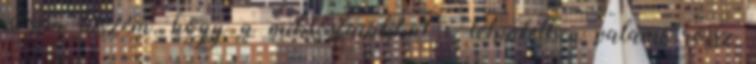
Nem hiszem, hogy a miklósfaiakkal e tekintetben valami rossz